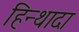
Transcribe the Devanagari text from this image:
हिन्थादा